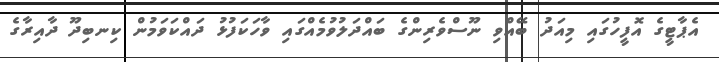
އެޕާޓީގެ އޮފީހުގައި މިއަދު ބޭއްވި ނޫސްވެރިންގެ ބައްދަލުވުމެއްގައި ވާހަކަފުޅު ދައްކަވަމުން ކިނބިދޫ ދާއިރާގެ